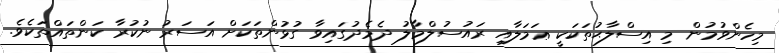
މިހެންވުމުން މި އިސްލާޙުތަކަކީ ޢަމަލާއި ރައުސުލްމާލު ދެމެދުގައިވާ ގުޅުންތަކަށް އަސަރު ނުކުރާ ކަންތައްތަކެވެ.